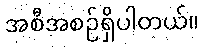
အစီအစဉ်ရှိပါတယ်။